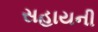
સહાયની